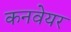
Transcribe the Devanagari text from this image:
कनवेयर